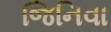
જિનિવા